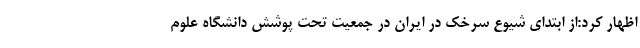
اظهار کرد:از ابتدای شیوع سرخک در ایران در جمعیت تحت پوشش دانشگاه علوم